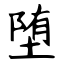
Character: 堕